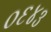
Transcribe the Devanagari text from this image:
०६४३